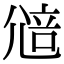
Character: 𡯷